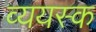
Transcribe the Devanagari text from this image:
व्ययस्क